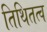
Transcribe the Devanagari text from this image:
तिथितत्व